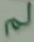
لم